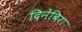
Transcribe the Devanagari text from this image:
दिनेंबिरा